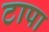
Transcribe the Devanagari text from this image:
टापा